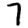
Digit: 7